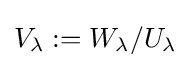
V_{\lambda }:=W_{\lambda }/U_{\lambda }